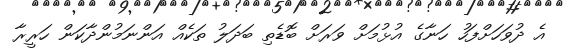
އެ ދުވަހަށްފަހު ހަނާގެ އުޅުމަށް ވަރަށް ބޮޑެތި ބަދަލު ތަކެއް އަންނަމުންދާކަން ހަރީރާ